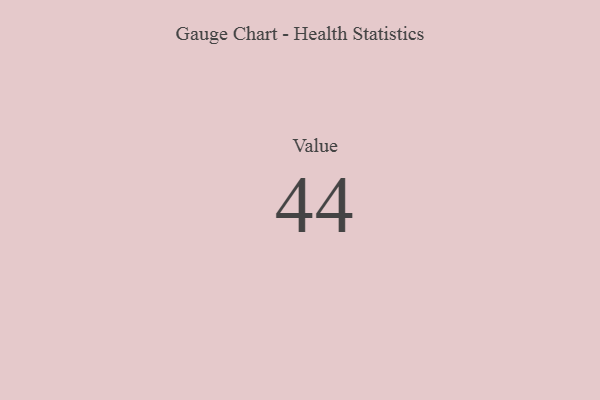
{"axis": {"x": "Metric", "y": "Value"}, "legend": [""], "data": [{"x": "Value", "y": 44, "type": ""}]}